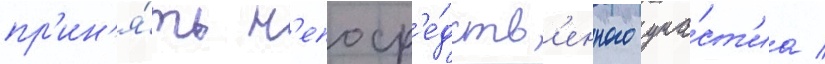
пр'ин'я́ть н'епоср'е́дств'енного уча́ст'иа /